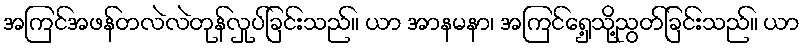
အကြင်အဖန်တလဲလဲတုန်လှုပ်ခြင်းသည်။ ယာ အာနမနာ၊ အကြင်ရှေ့သို့ညွတ်ခြင်းသည်။ ယာ